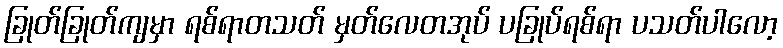
ခြုတ်ခြုတ်ကျမှာ ရစ်ရာတသတ် မှတ်လေတအုပ် ပခြုပ်ရစ်ရာ ပသတ်ပါလော့